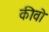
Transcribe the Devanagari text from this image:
कीवो